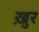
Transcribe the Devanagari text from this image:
ख़ुर